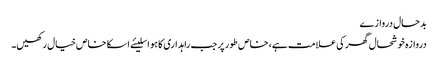
بدحال دروازے
دروازہ خوشحال گھر کی علامت ہے، خاص طور پر جب راہداری کا ہو اسلیئے اسکا خاص خیال رکھیں۔